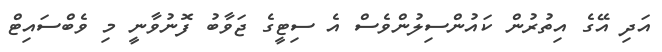
އަދި އޭގެ އިތުރުން ކައުންސިލުންވެސް އެ ސިޓީގެ ޖަވާބު ފޮނުވާނީ މި ވެބްސައިޓް